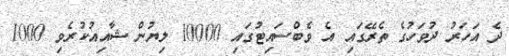
ދެ އަހަރު ދުވަހުގެ ތެރޭގައި އެ ވެބްސައިޓުގައި 10000 ލިޔުން ޝާއިއުކުރެވި 1000